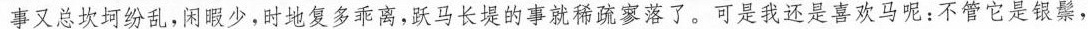
事又总坎坷纷乱，闲暇少，时地复多乖离，跃马长堤的事就稀疏寥落了。可是我还是喜欢马呢：不管它是银鬃，